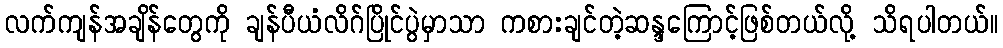
လက်ကျန်အချိန်တွေကို ချန်ပီယံလိဂ်ပြိုင်ပွဲမှာသာ ကစားချင်တဲ့ဆန္ဒကြောင့်ဖြစ်တယ်လို့ သိရပါတယ်။